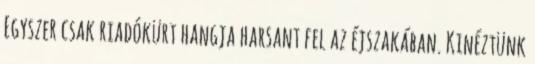
Egyszer csak riadókürt hangja harsant fel az éjszakában. Kinéztünk